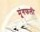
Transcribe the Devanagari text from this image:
मंूगफली